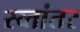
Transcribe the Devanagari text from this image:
स्व्तांतर